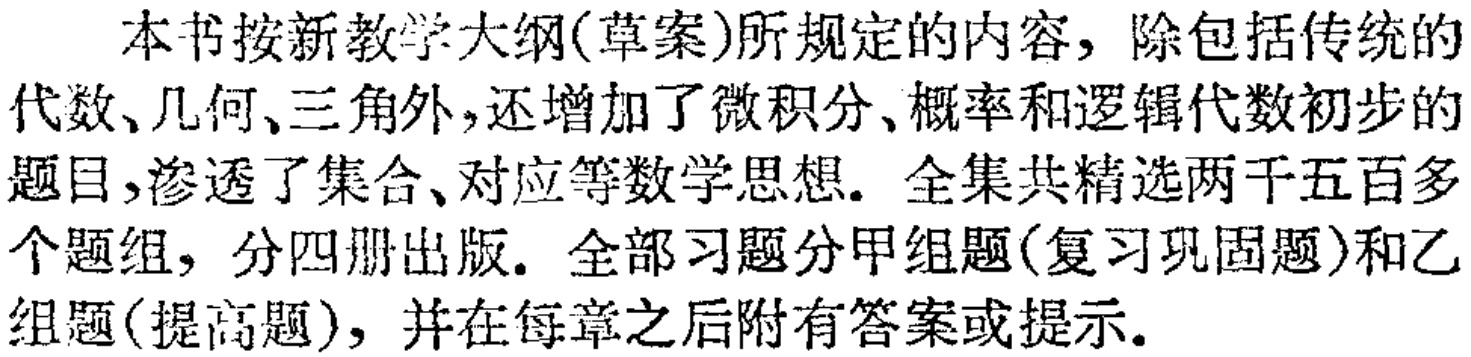
本书按新教学大纲(草案)所规定的内容，除包括传统的代数、几何、三角外,还增加了微积分、概率和逻辑代数初步的题目,渗透了集合、对应等数学思想. 全集共精选两千五百多个题组，分四册出版. 全部习题分甲组题(复习巩固题)和乙组题(提高题)，并在每章之后附有答案或提示.